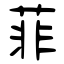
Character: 菲